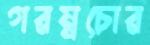
গরম্নচোর